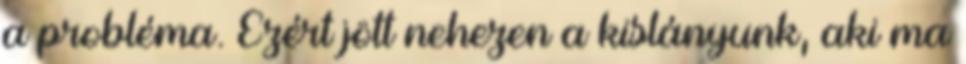
a probléma. Ezért jött nehezen a kislányunk, aki ma